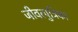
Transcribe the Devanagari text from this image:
जीवत्पुत्रिका